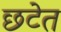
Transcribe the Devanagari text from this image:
छटेत